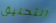
التحليق